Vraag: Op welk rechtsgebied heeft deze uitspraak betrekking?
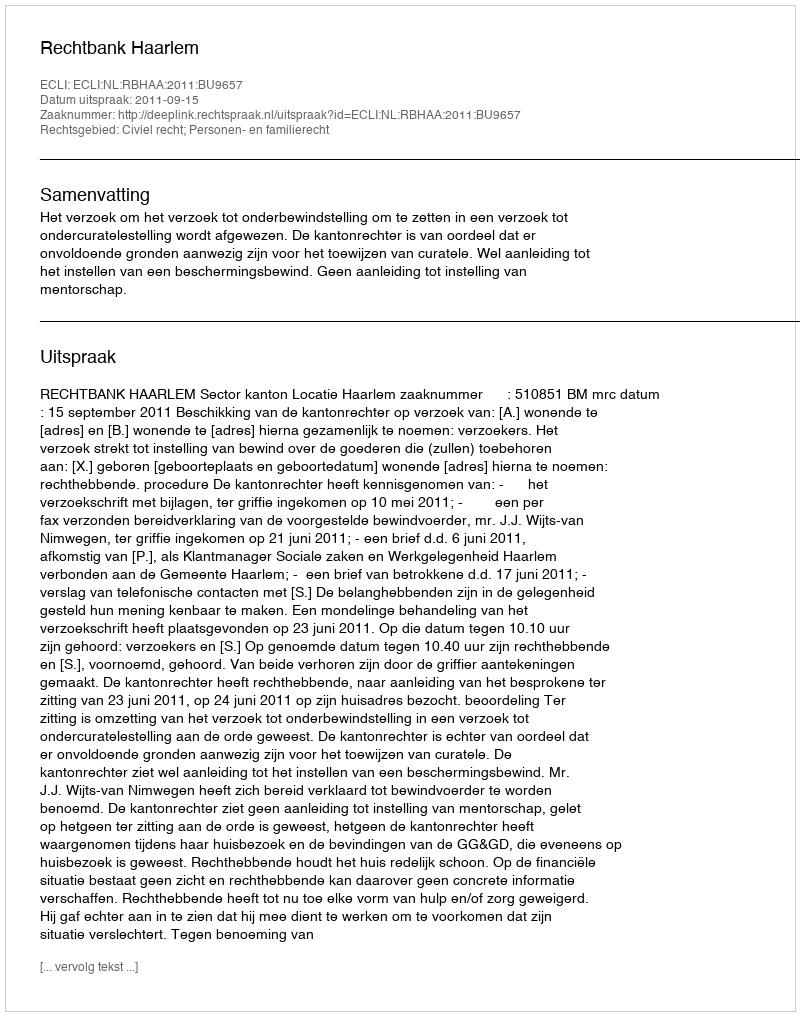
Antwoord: Civiel recht; Personen- en familierecht